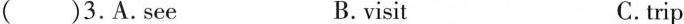
()3.A.see B.visit C.trip